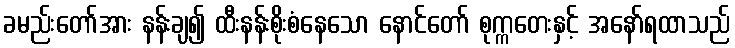
ခမည်းတော်အား နန်းချ၍ ထီးနန်းစိုးစံနေသော နောင်တော် စုက္ကတေးနှင့် အနော်ရထာသည်